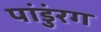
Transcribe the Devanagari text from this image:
पांडुंरग